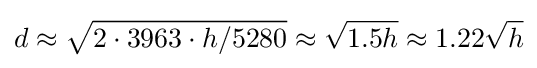
d\approx {\sqrt {2\cdot 3963\cdot {h/5280}}}\approx {\sqrt {1.5h}}\approx 1.22{\sqrt {h}}